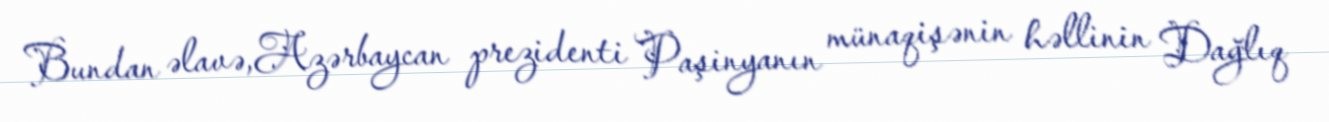
Bundan əlavə,Azərbaycan prezidenti Paşinyanın münaqişənin həllinin Dağlıq